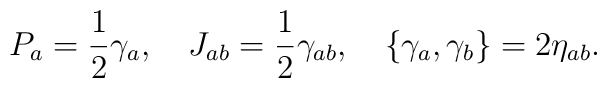
P_a = {1 \over 2} \gamma_a, \ \ \  J_{ab} = {1 \over 2}\gamma_{ab}, \ \ \  \{\gamma_a,\gamma_b\} = 2\eta_{ab}.